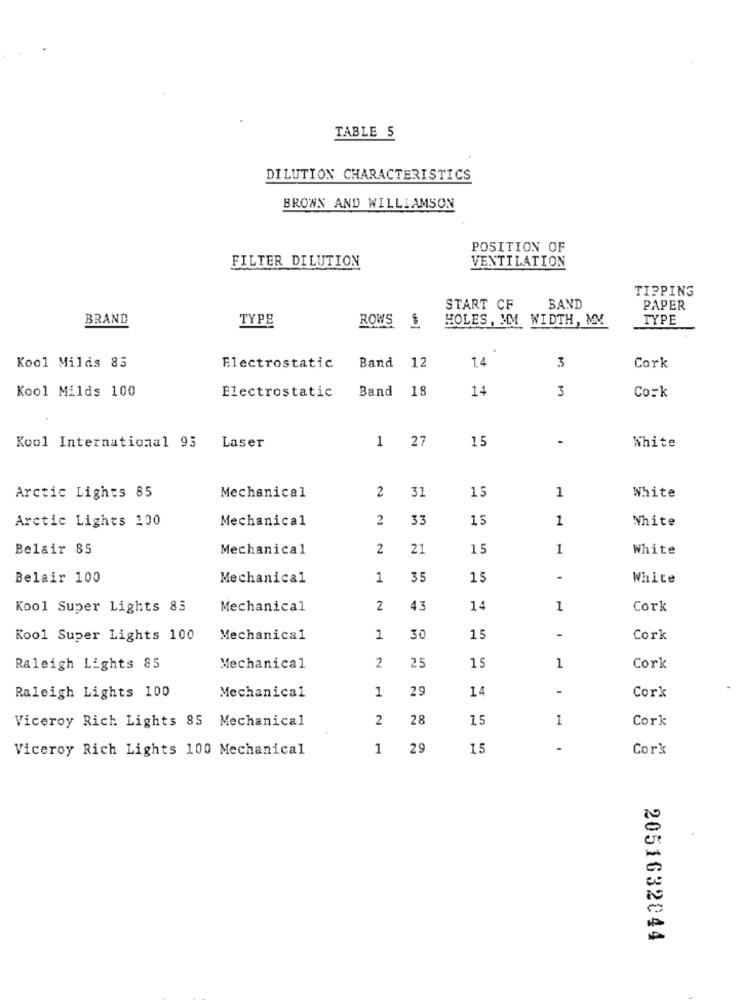
TABLE 5
DILUTION CHARACTERISTICS
BROWN AND WILLIAMSON
POSITION OF
FILTER DILUTION
VENTILATION
TIPPING
START CF
BAND
PAPER
BRAND
TYPE
ROWS
HOLES, MM WIDTH, MM
TYPE
Kool Milds 85
Band
12
14
Electrostatic
3
Cork
Kool Milds 100
Electrostatic
Band
18
14
3
Cork
1
27
15
.
Kool International 95
Laser
White
Arctic Lights 85
Mechanical
2
31
15
1
White
Arctic Lights 100
Mechanical
2
33
15
1
White
Belair 85
Mechanical
2
21
15
1
White
Belair 100
Mechanical
1
35
15
-
White
Kool Super Lights 83
Mechanical
2
43
14
1
Cork
Kool Super Lights 100
Mechanical
1
30
15
-
Cork
15
Raleigh Lights 85
Mechanical
2
25
1
Cork
1
25
14
-
Raleigh Lights 100
Mechanical
Cork
Viceroy Rich Lights 85 Mechanical
2
28
15
1
Cork
Viceroy Rich Lights 100 Mechanical
1
29
15
Cork
2051632044